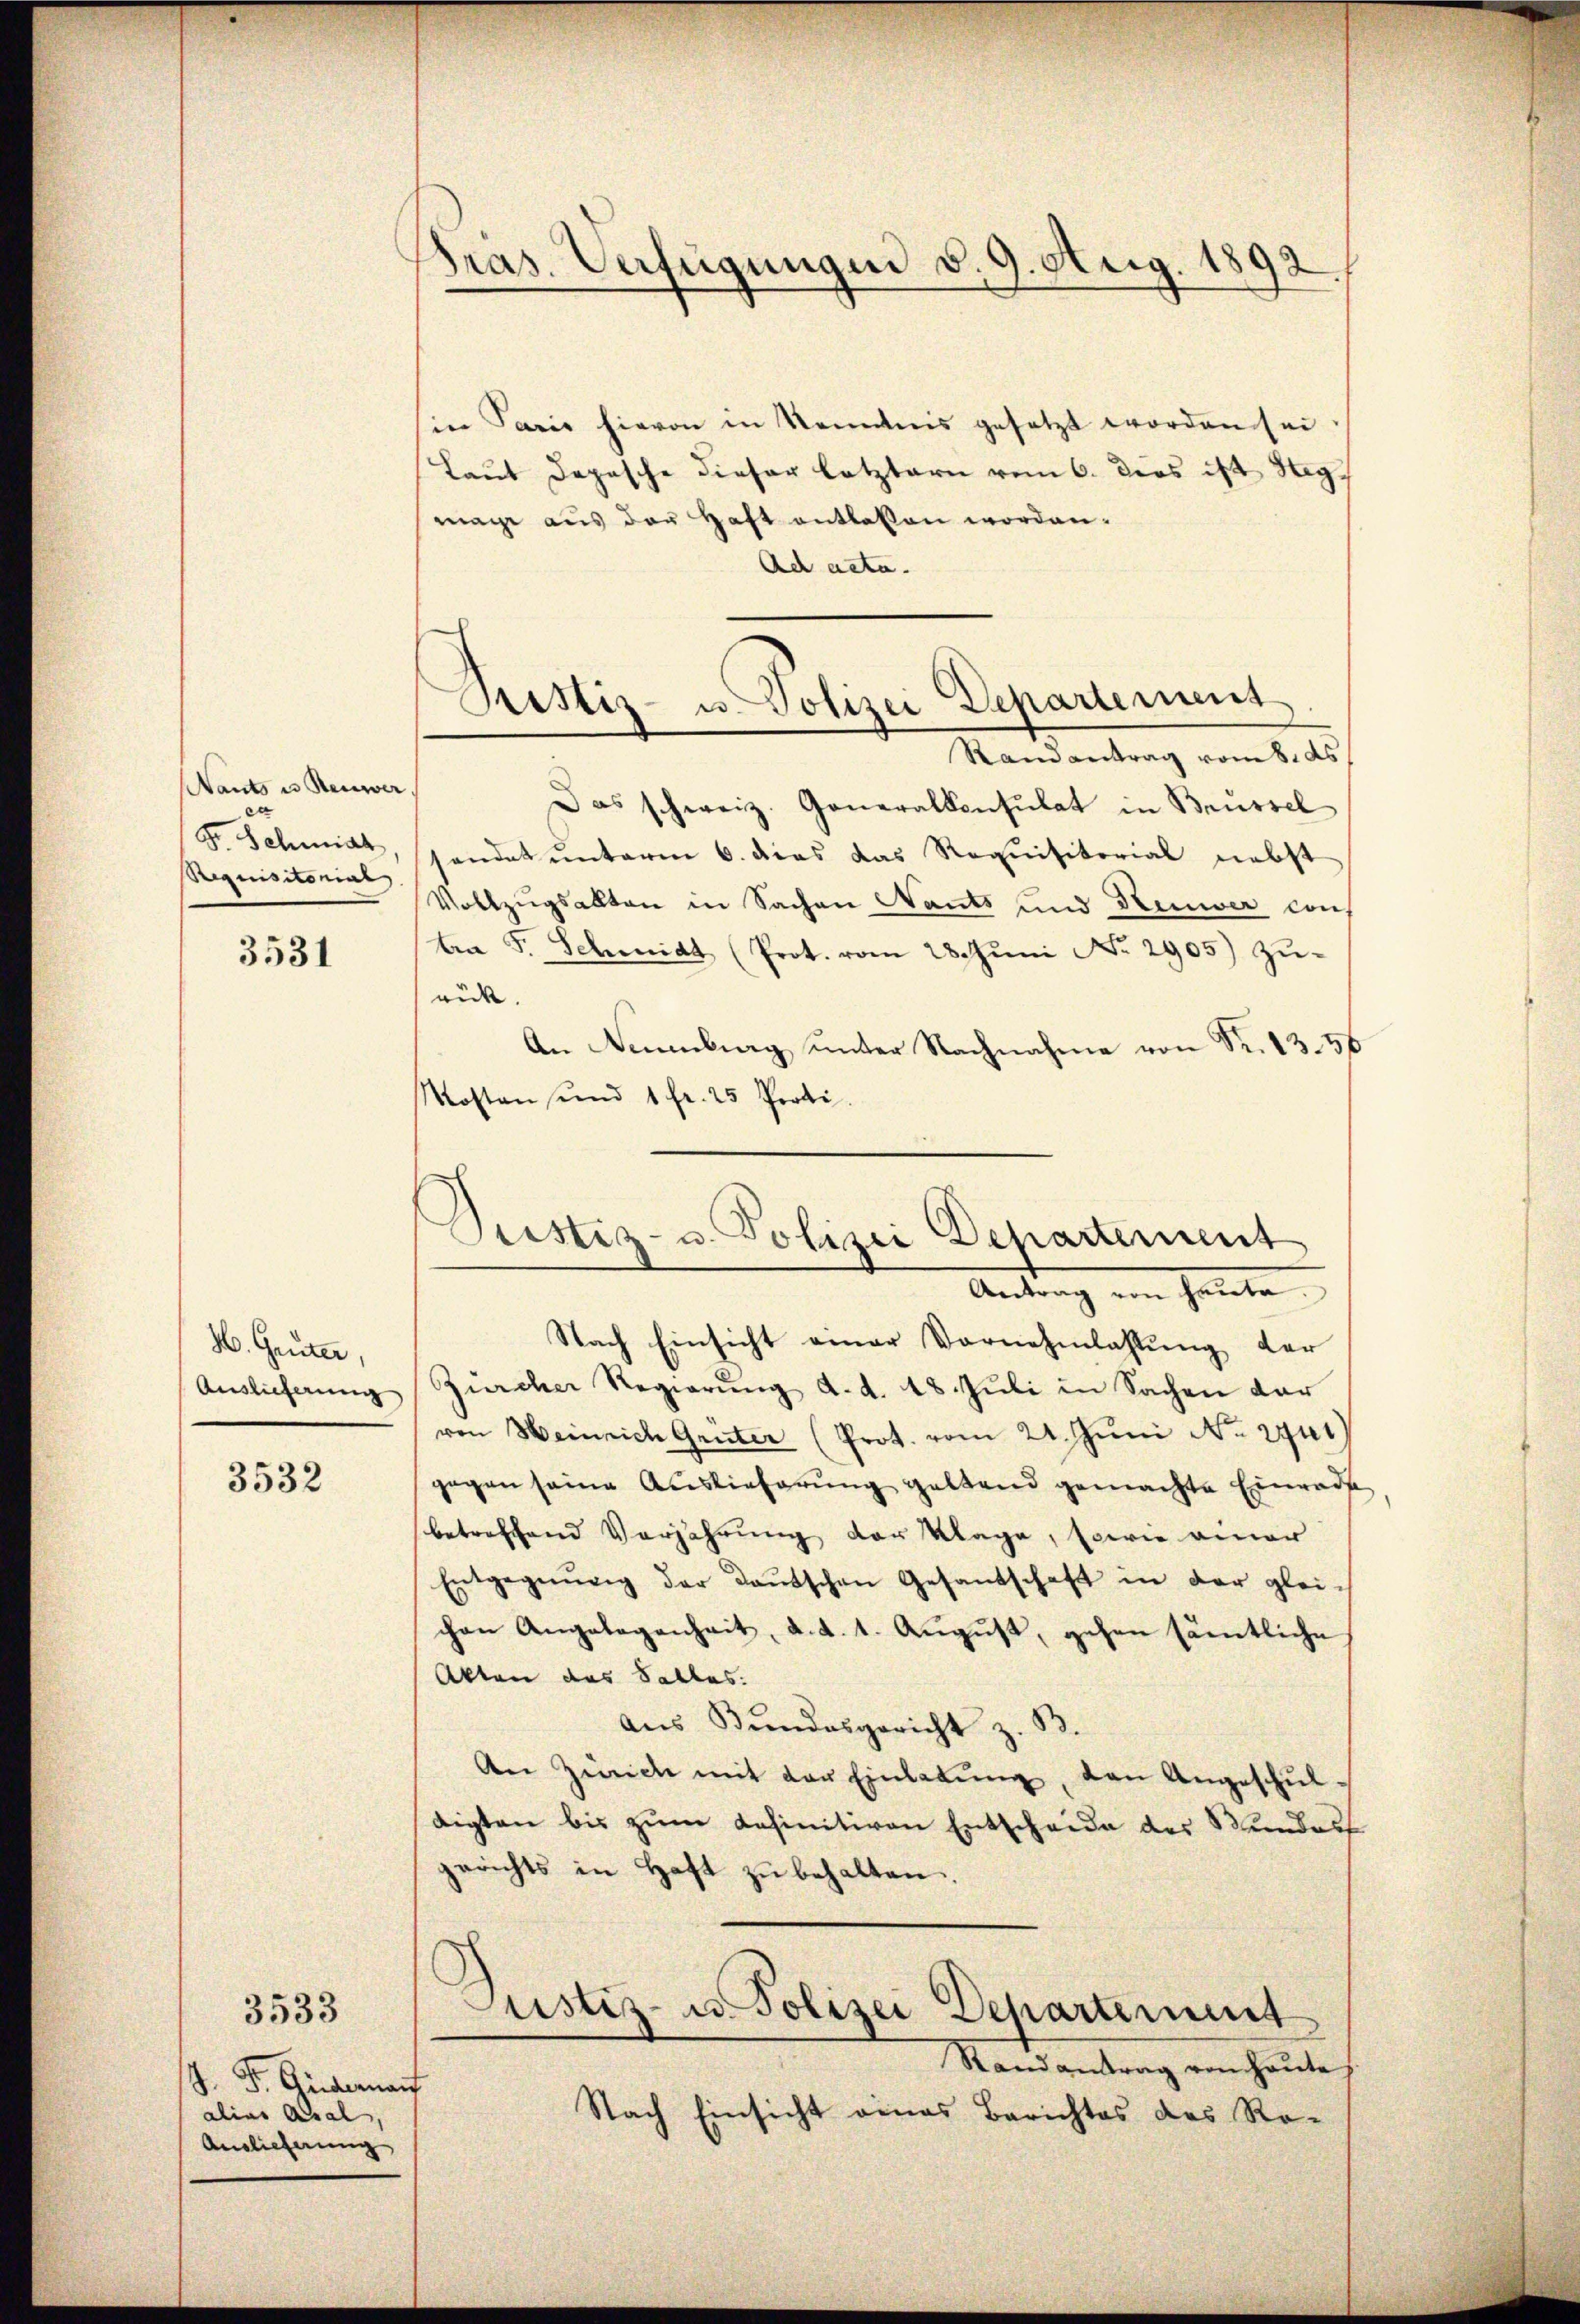
Nants in Reuwer
c
Fr. Schmidt
Requisitorial

3531

H. Guter,
Auslieferung

3532

3533

J. P. Guderauf
alias Aral,
Auslieferung

Pras. Verfügungen d. 9. Aug. 1892.

Ein Paris hievon in Kenntnis gesetzt worden sei
Laut Depesche dieser letztern vom 6. dies ist Seg
mage aus der Haft entlassen worden.
Ad acta.
Randantrag vom 8. ds
Das schweiz. Generalkonsulat in Brüssel
sendet unterm 6. dies das Requisitorial nebst
Vollzŭgsalten in Sachen Nants und Keiner con
ten F. Schmidt (Prot. vom 28. Jŭni Nr. 2905) zŭ-
rück.
An Neuenburg unter Nachnahme von Sr. 1356
Mosten und 1 fr. 25 Proti.
Antrag im Gatte.
Nach Einsicht einer Vornehmlassŭng der
Zürcher Regierung d. d. 18. Juli in Sachen dar
von Heinrich Grüter (Prot. vom 21. Juni No 2941
gegen seine Auslieferŭng geltend gemachte Einrade
betreffend Verjährung der Klage, sowie einer
Entgegnung der Daŭtschen Gesandschaft in der glei-
chen Angelegenheit, d. d. 1. August, gehen sämtliche
Akten das Salles.
aŭs Bŭndesgericht z. B.
An Zürich mit der Einladŭng, den Angeschul
digten bis zŭm Kasinitiven Entscheide des Bundes
gerichts in Haft zŭ behalten.
Justiz- u. Polizei Departement
Randantrag von heŭte
Nach Einsicht eines Berichtes des Ro-

Ristiz- u. Polizei Departement

Pustiz- u. Polizei Departement